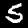
Label: 5